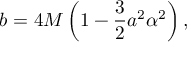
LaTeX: b = 4 M \left( 1 - \frac { 3 } { 2 } a ^ { 2 } \alpha ^ { 2 } \right) ,